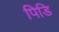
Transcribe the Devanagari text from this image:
पिडि